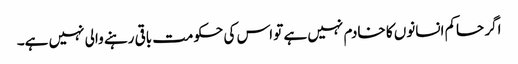
اگر حاکم انسانوں کا خادم نہیں ہے تو اس کی حکومت باقی رہنے والی نہیں ہے۔